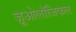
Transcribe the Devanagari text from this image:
ज़ूओलॉजिकल